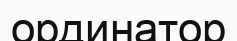
ординатор